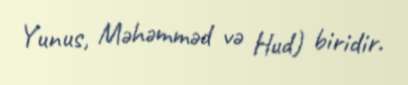
Yunus, Məhəmməd və Hud) biridir.